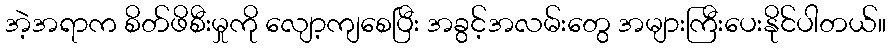
အဲ့အရာက စိတ်ဖိစီးမှုကို လျော့ကျစေပြီး အခွင့်အလမ်းတွေ အများကြီးပေးနိုင်ပါတယ်။